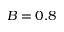
B = 0 . 8